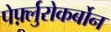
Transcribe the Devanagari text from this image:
पेर्फ़्लुरोकर्बोन